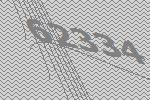
62334